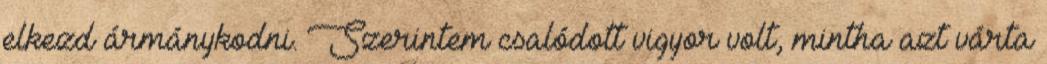
elkezd ármánykodni. Szerintem csalódott vigyor volt, mintha azt várta